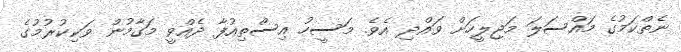
ނެތްކަމުގެ މައްސަލަ މަޖިލީހަށް ވައްދި އެވެ. މަސީހު އިސްތިއުފާ ދެއްވީ މަގާމުން ވަކިކުރުމުގެ